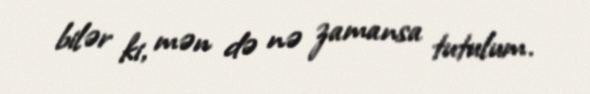
bilər ki, mən də nə zamansa tutulum.